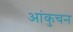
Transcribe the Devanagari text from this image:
आंकुचन